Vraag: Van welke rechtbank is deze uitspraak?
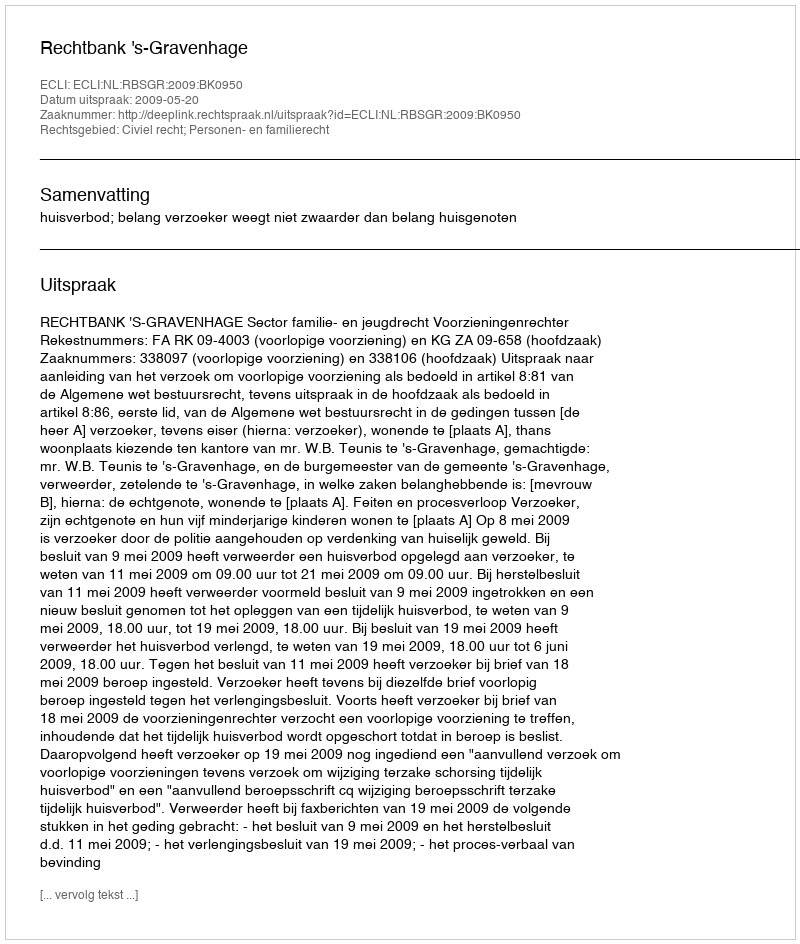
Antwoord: Rechtbank 's-Gravenhage